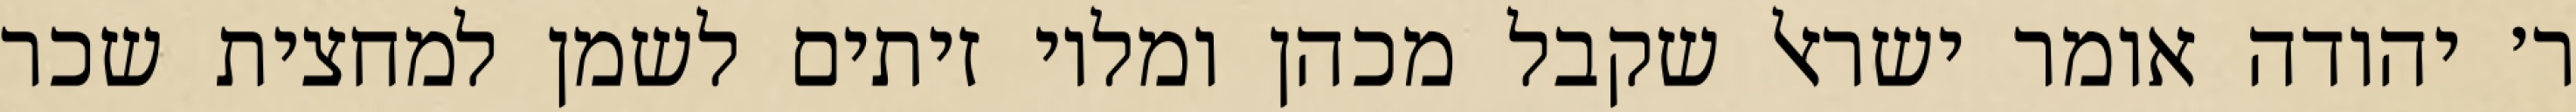
ר׳ יהודה אומר ישראל שקבל מכהן ומלוי זיתים לשמן למחצית שכר